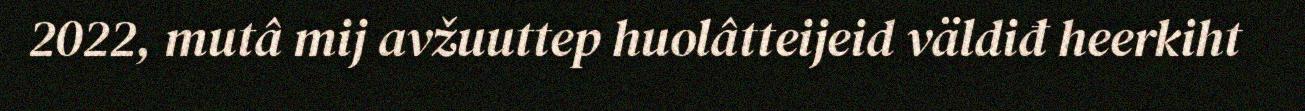
2022, mutâ mij avžuuttep huolâtteijeid väldiđ heerkiht